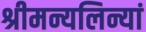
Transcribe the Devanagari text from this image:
श्रीमन्यलिन्यां